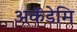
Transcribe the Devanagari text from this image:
अकॅडेमि